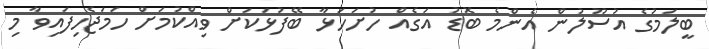
ބީލަމުގެ އުސޫލުން އެންމެ ބޮޑު އަގެއް ހުށަހަޅާ ބޭފުޅަކަށް ވިއްކުމަށް ހަމަޖެހިފައިވާ މި